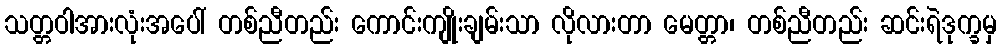
သတ္တဝါအားလုံးအပေါ် တစ်ညီတည်း ကောင်းကျိုးချမ်းသာ လိုလားတာ မေတ္တာ၊ တစ်ညီတည်း ဆင်းရဲဒုက္ခမှ